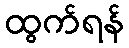
ထွက်ရန်